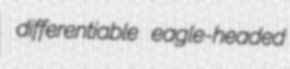
differentiable eagle-headed